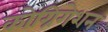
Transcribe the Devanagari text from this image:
कोग्रिगेशन